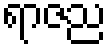
ရာဇည